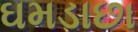
ઘમડાછા